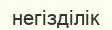
негізділік